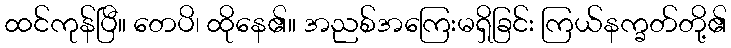
ထင်ကုန်ပြီ။ တေပိ၊ ထိုနေ၏။ အညစ်အကြေးမရှိခြင်း ကြယ်နက္ခတ်တို့၏